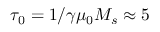
\tau _ { 0 } = 1 / \gamma \mu _ { 0 } M _ { s } \approx 5